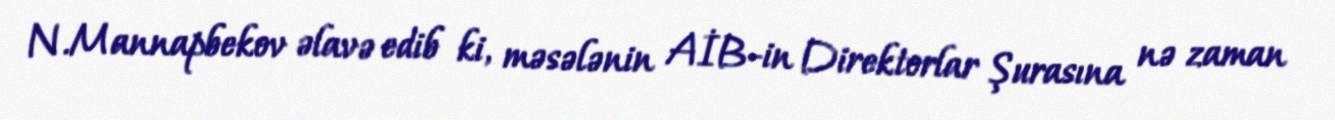
N.Mannapbekov əlavə edib ki, məsələnin AİB-in Direktorlar Şurasına nə zaman